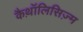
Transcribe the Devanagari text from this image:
कैथ़ॉलिसिज़्म